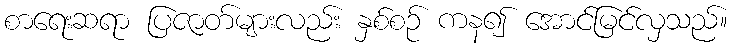
စာရေးဆရာ ပြဇာတ်များလည်း နှစ်စဉ် ကန၍ အောင်မြင်လှသည်။